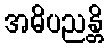
အဓိပညန္တိ